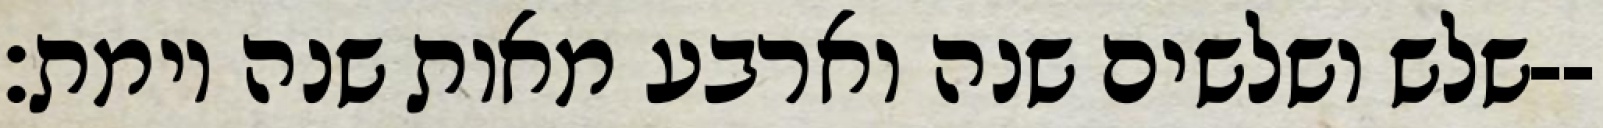
שלש ושלשים שנה וארבע מאות שנה וימת׃--